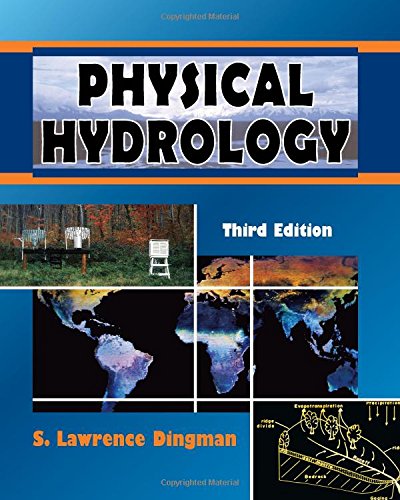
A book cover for Physical Hydrology, Third Edition; S. Lawrence Dingman; Science & Math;